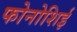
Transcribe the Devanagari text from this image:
फोनोशिई